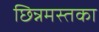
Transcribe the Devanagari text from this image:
छिन्नमस्तका